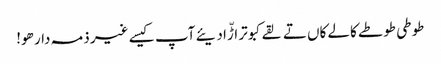
طوطی طوطے کالے کاں تے لقے کبوتر اڑّا دیئے آپ کیسے غیر ذمہ دار ھو!